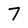
Character: 7